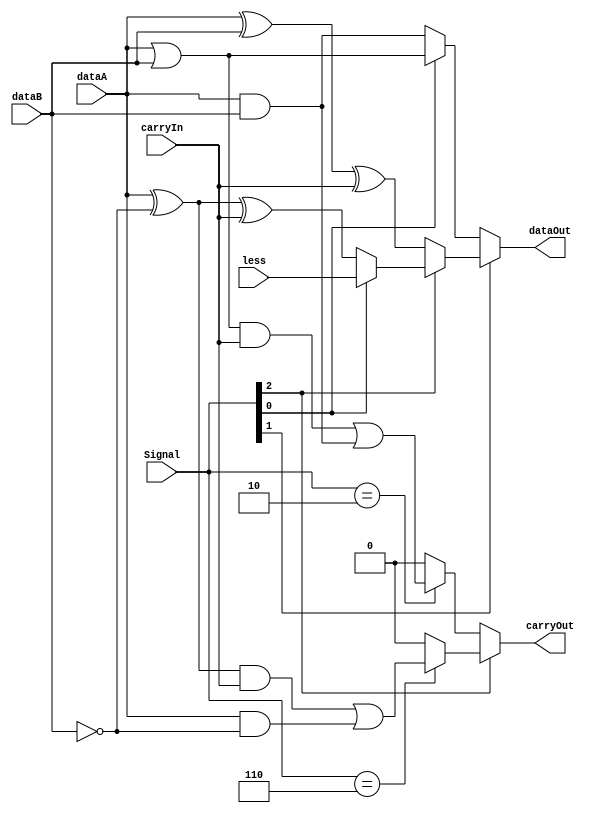


module one_bit_ALU( dataA, dataB, carryIn, Signal, dataOut, carryOut, less ) ;
input dataA ;   // Abit
input dataB ; 	// Bbit
input carryIn ; // ALUcarryin
input [2:0] Signal ; // 
output dataOut ;  	 // 
output carryOut ;	 // carryOut
input less ;

wire w1,w2,w3 ;  
wire tempB ;
wire temp ;
assign temp = 1'b1 ;
wire andOut, orOut ;
wire sum, carry ;
wire s1,s2,s3 ;
wire diff, dcarry ;


parameter AND = 3'b000 ;
parameter OR  = 3'b001 ;
parameter ADD = 3'b010 ;
parameter SUB = 3'b110 ;
parameter SLT = 3'b111 ;

// AND and OR gate below
and ( andOut, dataA, dataB ) ;
or ( orOut, dataA, dataB ) ;

// adder
xor ( w1, dataA, dataB ) ;
xor ( sum, w1, carryIn ) ;
// adder carry //
and ( w2, orOut, carryIn ) ;
or ( carry, w2, andOut ) ;

// subber
xor ( tempB, 1'b1, dataB ) ; // tempB = b xor 1
xor ( s1, dataA, tempB ) ;	 // s1 = a xor ( b xor 1 )
xor ( diff, s1, carryIn ) ;  // sum = ( a xor ( b xor 1 )) xor cin
and ( s2, s1, carryIn ) ;	 // s2 = ( a xor ( b xor 1 )) and cin
and ( s3, dataA, tempB ) ;   // s3 = a and ( b xor 1 )
or ( dcarry, s2, s3 ) ;		 // cout = s2 

assign carryOut = Signal[2] ? ((Signal == SUB) ? dcarry : 1'b0) : ((Signal == ADD ) ? carry : 1'b0 ) ;
assign dataOut = Signal[1] ? (Signal[2] ? (Signal[0] ? less : diff ) : sum ) : (Signal[0] ? orOut : andOut) ;

endmodule